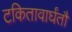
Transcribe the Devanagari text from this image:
टकितावार्घंतौ